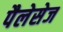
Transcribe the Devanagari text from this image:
पैलेसेज